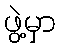
ဖွဲ့မှာ